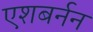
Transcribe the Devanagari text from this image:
एशबर्नन